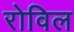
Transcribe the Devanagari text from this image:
रोविल